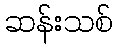
ဆန်းသစ်